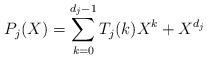
LaTeX: \begin{align*} P_j(X) = \sum_{k=0}^{d_j - 1} T_j(k) X^k + X^{d_j} \end{align*}